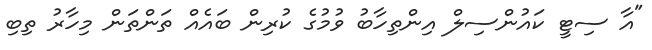
"އާ ސިޓީ ކައުންސިލް އިންތިހާބު ވުމުގެ ކުރިން ބައެއް ތަންތަން މިހާރު ތިބި